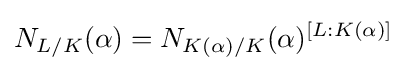
N_{L/K}(\alpha )=N_{K(\alpha )/K}(\alpha )^{[L:K(\alpha )]}